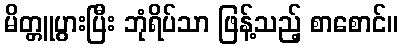
မိတ္တူပွားပြီး ဘုံရိပ်သာ ဖြန့်သည့် စာစောင်။